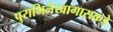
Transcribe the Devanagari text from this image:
पुराभिलेखागाराकडे